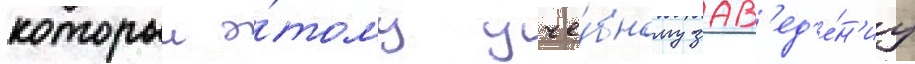
которыи э́тому уче́бному зав'ед'е́н'иу